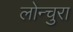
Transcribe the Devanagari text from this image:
लोन्चुरा